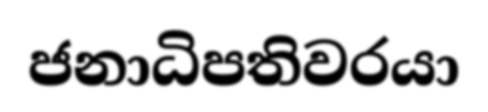
ජනාධිපතිවරයා